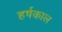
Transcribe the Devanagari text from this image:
हर्षकाल